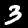
Digit: 3